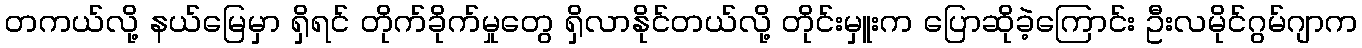
တကယ်လို့ နယ်မြေမှာ ရှိရင် တိုက်ခိုက်မှုတွေ ရှိလာနိုင်တယ်လို့ တိုင်းမှူးက ပြောဆိုခဲ့ကြောင်း ဦးလမိုင်ဂွမ်ဂျာက